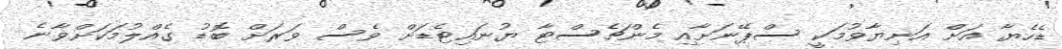
ޑެހެޔާ އަށް އަނިޔާވުމަކީ ސްޕޭނަށާއި މެންޗެސްޓާ ޔުނައިޓެޑަށް ވެސް ވަރަށް ބޮޑު ގެއްލުމަކަށްވާނެ